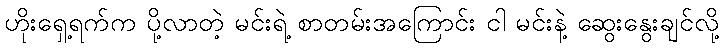
ဟိုးရှေ့ရက်က ပို့လာတဲ့ မင်းရဲ့ စာတမ်းအကြောင်း ငါ မင်းနဲ့ ဆွေးနွေးချင်လို့